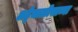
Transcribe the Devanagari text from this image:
अठ्ठेचाळीसाव्या